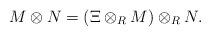
LaTeX: \begin{align*}M \otimes N = (\Xi \otimes_R M) \otimes_R N.\end{align*}